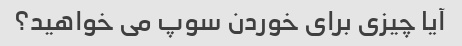
آیا چیزی برای خوردن سوپ می خواهید؟